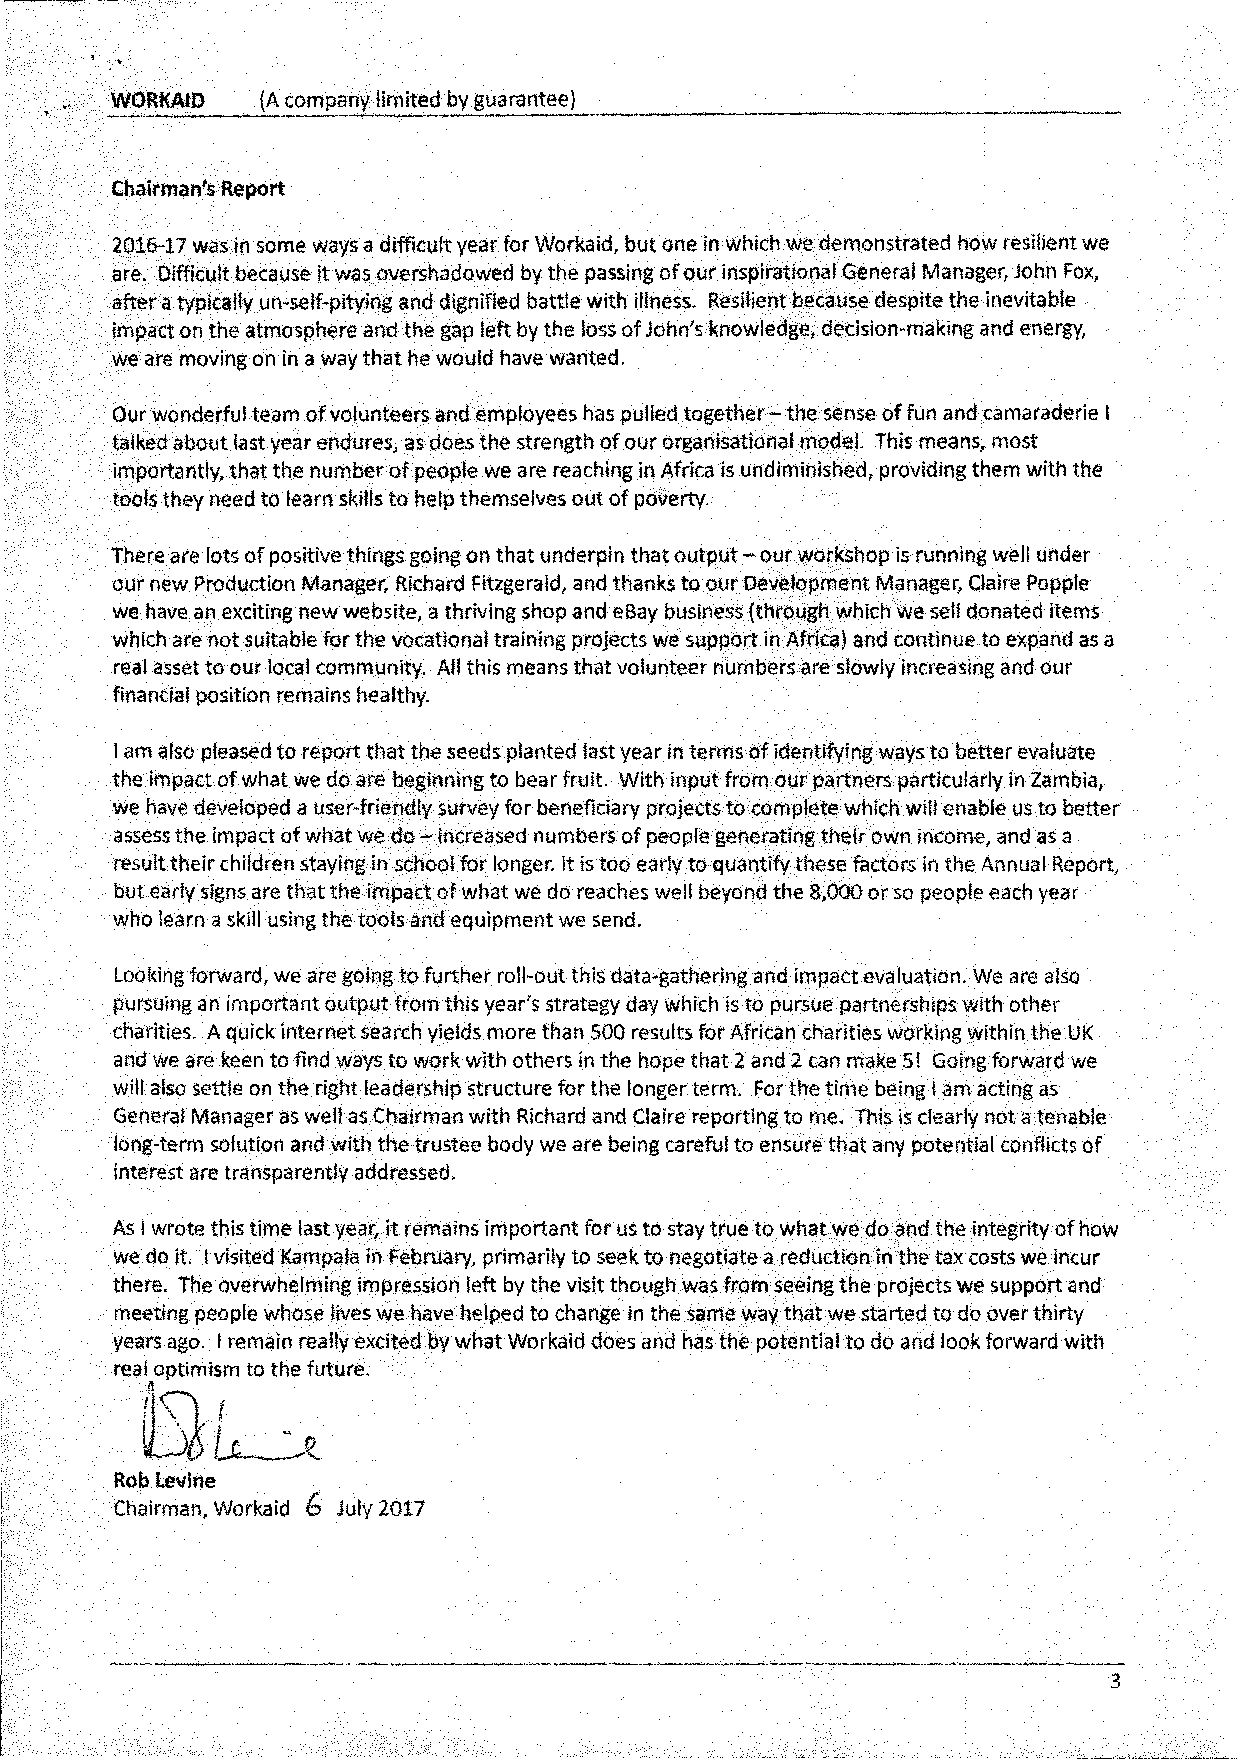
WORKAID   (A company limited by guarantee)
 Chairman's Report
 2016-17 was in some ways a difficult year for Workaid, but one in which we demonstrated how resilient we
 are. Difficult because it was overshadowed by the passing of our inspirational General Manager, John Fox,
 after a typically un-self-pitying and dignified battle with illness. Resilient because despite the inevitable
 impact on the atmosphere and the gap left by the loss of John's knowledge, decision-making and energy,
 we are moving on in a way that he would have wanted.
 Our wonderful team of volunteers and employees has pulled together - the sense of fun and camaraderie I
 talked about last year endures, as does the strength of our organisational model. This means, most
 importantly, that the number of people we are reaching in Africa is undiminished, providing them with the
 tools they need to learn skills to help themselves out of poverty.
 There are lots of positive things going on that underpin that output - our workshop is running well under
 our new Production Manager, Richard Fitzgerald, and thanks to our Development Manager, Claire Popple
 we have an exciting new website, a thriving shop and eBay business (through which we sell donated items
 which are not suitable for the vocational training projects we support in Africa) and continue to expand as a
 real asset to our local community. All this means that volunteer numbers are slowly increasing and our
 financial position remains healthy.
 I am also pleased to report that the seeds planted last year in terms of identifying ways to better evaluate
 the impact of what we do are beginning to bear fruit. With input from our partners particularly in Zambia,
 we have developed a user-friendly survey for beneficiary projects to complete which will enable us to better
 assess the impact of what we do - increased numbers of people generating their own income, and as a
 result their children staying in school for longer. It is too early to quantify these factors in the Annual Report,
 but early signs are that the impact of what we do reaches well beyond the 8,000 or so people each year
 who learn a skill using the tools and equipment we send.
 Looking forward, we are going to further roll-out this data-gathering and impact evaluation. We are also
 pursuing an important output from this year's strategy day which is to pursue partnerships with other
 charities. A quick internet search yields more than 500 results for African charities working within the UK
 and we are keen to find ways to work with others in the hope that 2 and 2 can make 5! Going forward we
 will also settle on the right leadership structure for the longer term. For the time being I am acting as
 General Manager as well as Chairman with Richard and Claire reporting to me. This is clearly not a tenable
 long-term solution and with the trustee body we are being careful to ensure that any potential conflicts of
 interest are transparently addressed.
 As 1 wrote this time last year, it remains important for us to stay true to what we do and the integrity of how
 we do it. I visited Kampala in February, primarily to seek to negotiate a reduction in the tax costs we incur
 there. The overwhelming impression left by the visit though was from seeing the projects we support and
 meeting people whose lives we have helped to change in the same way that we started to do over thirty
 years ago. I remain really excited by what Workaid does and has the potential to do and look forward with
 real optimism to the future.
 Rob Levine
 Chairman, Workaid G July 2017
 3